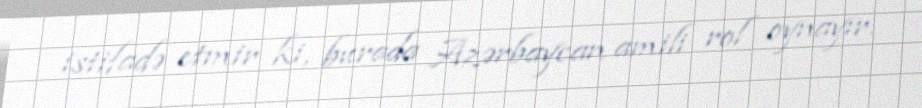
istifadə etmir ki, burada Azərbaycan amili rol oynayır.